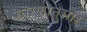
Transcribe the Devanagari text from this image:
सारणानुसार